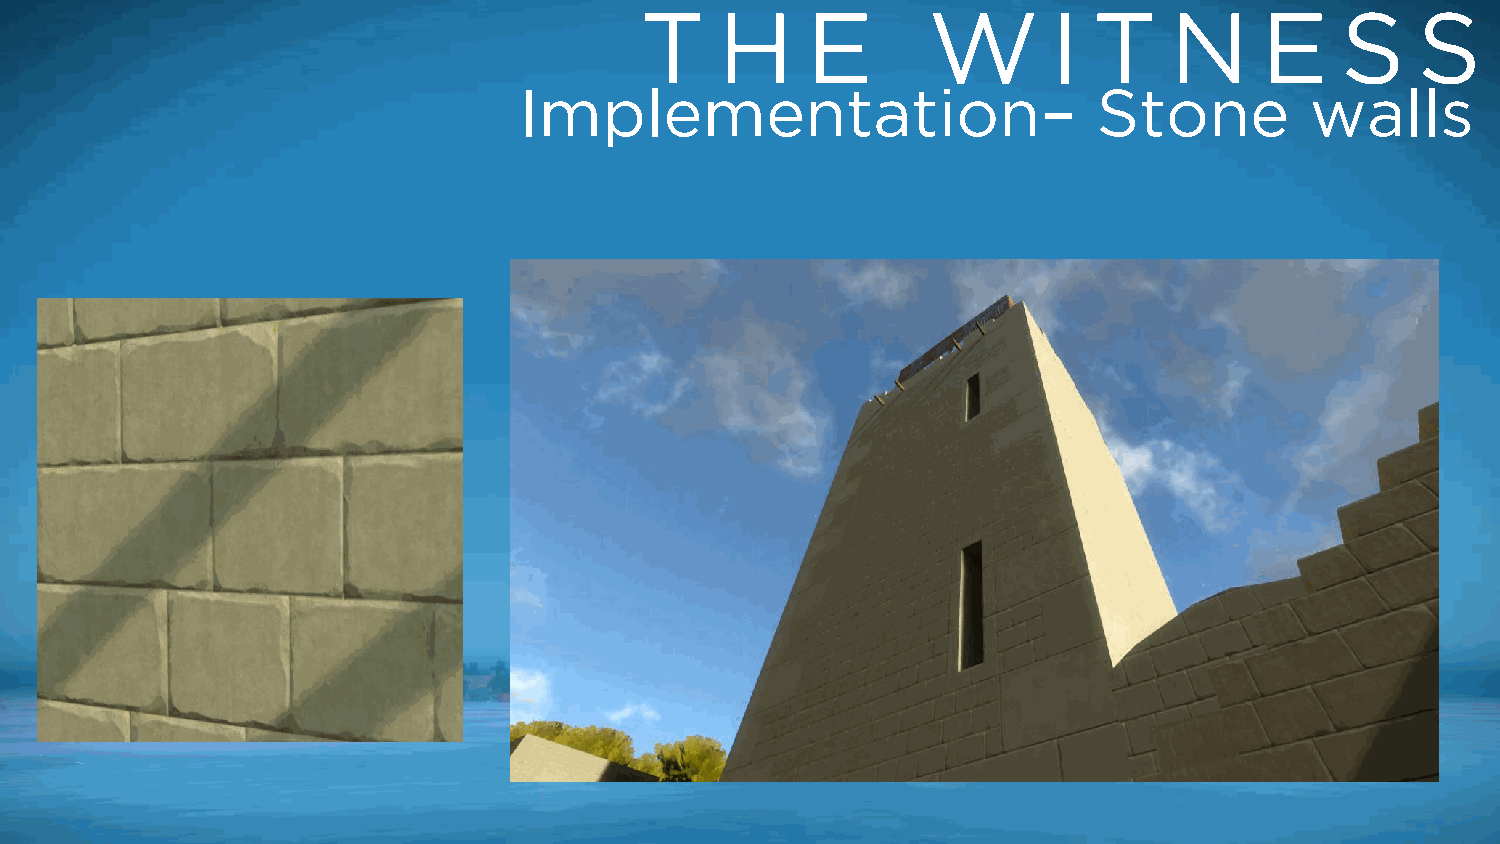
T     H    E       W        I T    N      E    S    S
 Implementation–                        Stone         walls